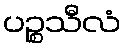
ပဉ္စသီလံ